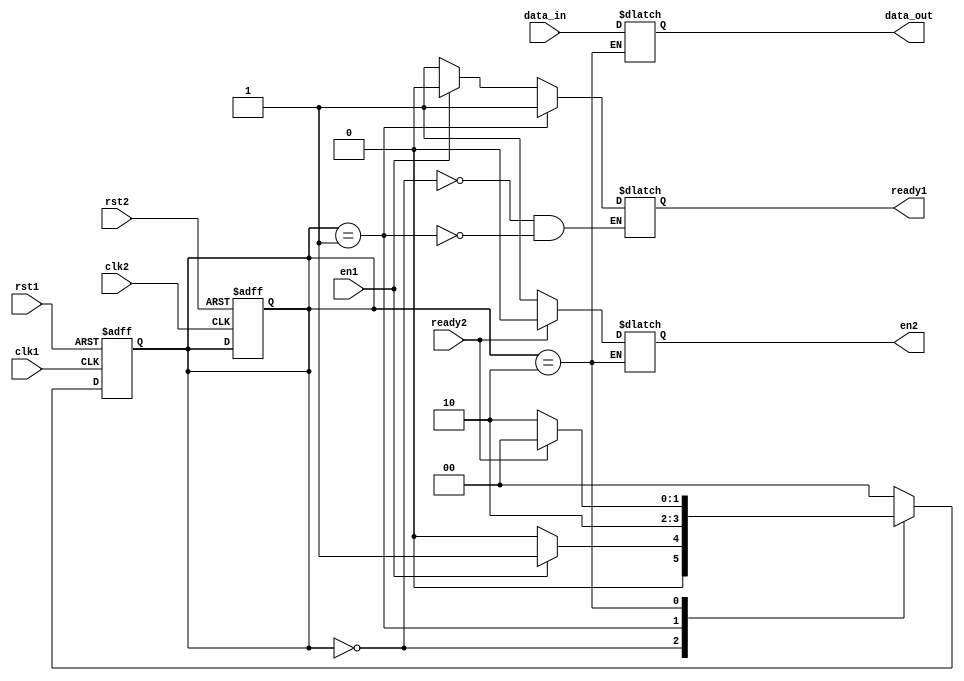
module Synchronizer(
    input clk1,       // Clock signal for domain 1
    input rst1,       // Reset signal for domain 1
    input data_in,    // Data input signal from domain 1
    input en1,        // Enable signal for data input
    output reg ready1,// Ready signal for domain 1

    input clk2,       // Clock signal for domain 2
    input rst2,       // Reset signal for domain 2
    output reg data_out,// Data output signal for domain 2
    output reg en2,     // Enable signal for data output
    input ready2     // Ready signal for domain 2
);

reg [1:0] state;
reg [1:0] next_state;

always @ (posedge clk1 or posedge rst1) begin
    if (rst1) begin
        state <= 2'b00;
    end else begin
        state <= next_state;
    end
end

always @ (*) begin
    case (state)
        2'b00: begin
            if (en1) begin
                next_state = 2'b01;
                ready1 = 0;
            end else begin
                next_state = 2'b00;
                ready1 = 1;
            end
        end
        2'b01: begin
            next_state = 2'b10;
            ready1 = 1;
        end
        2'b10: begin
            data_out = data_in;
            en2 = 1;
            if (ready2) begin
                next_state = 2'b00;
                en2 = 0;
            end else begin
                next_state = 2'b10;
            end
        end
        default: begin
            next_state = 2'b00;
        end
    endcase
end

always @ (posedge clk2 or posedge rst2) begin
    if (rst2) begin
        state <= 2'b00;
    end
end

endmodule